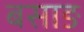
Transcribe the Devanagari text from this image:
बसाङ